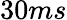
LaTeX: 30ms